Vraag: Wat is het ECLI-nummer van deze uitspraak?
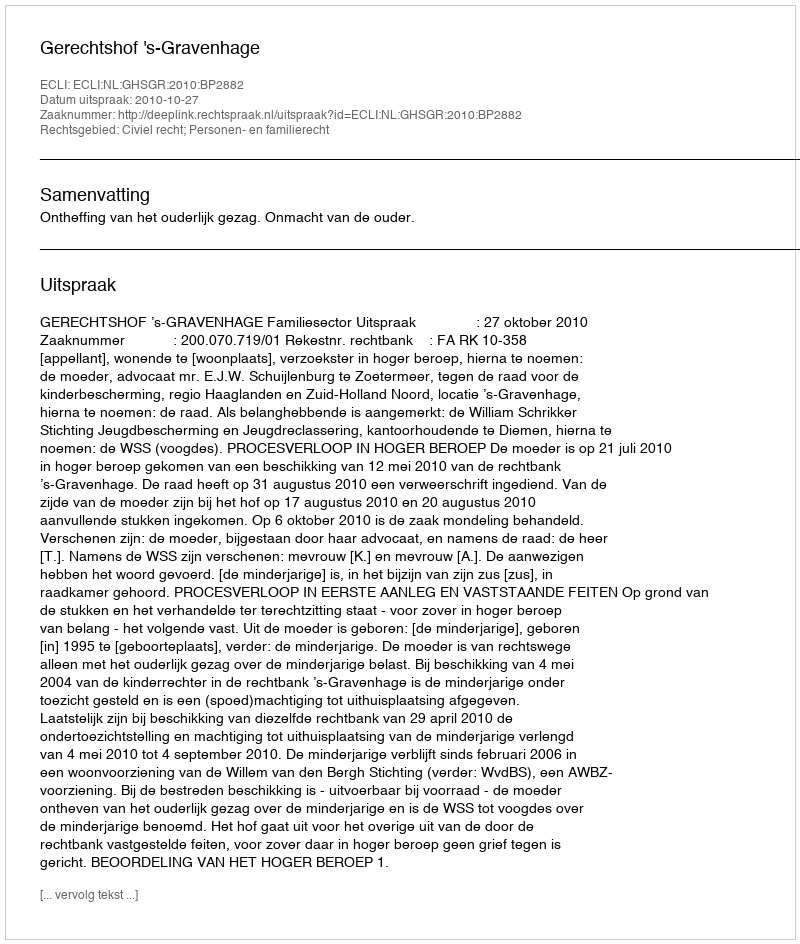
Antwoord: ECLI:NL:GHSGR:2010:BP2882